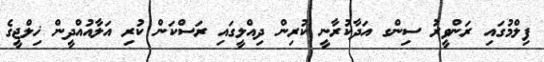
ފިލްމުގައި ރަންވީރު ސިންގ އަދާކުރާނީ ކުރިން ދިއްލީގައި ރަސްކަން ކުރި އަލާއުއްދީން ޚިލްޖީގެ